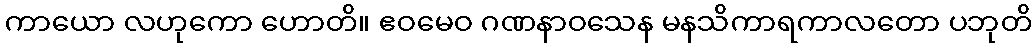
ကာယော လဟုကော ဟောတိ။ ဧဝမေဝ ဂဏနာဝသေန မနသိကာရကာလတော ပဘုတိ